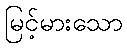
မြင့်မားသော